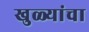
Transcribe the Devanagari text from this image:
खुळ्यांचा